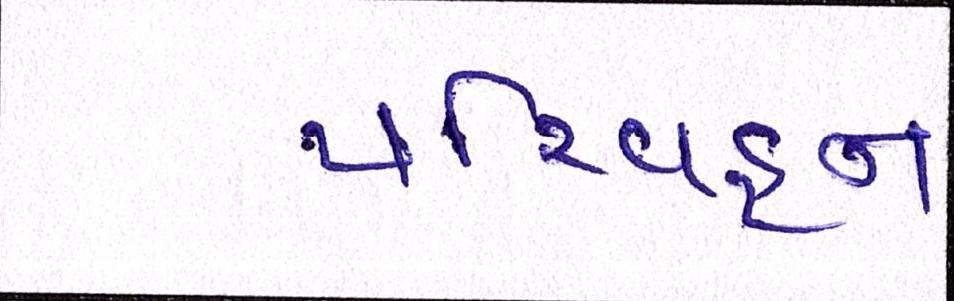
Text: પરિવહન